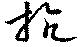
抗